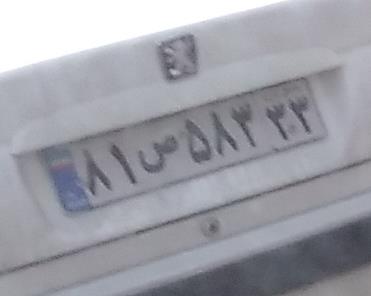
۸۱ص۵۸۳۳۳